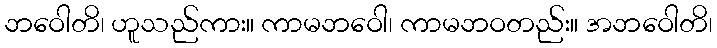
ဘဝေါတိ၊ ဟူသည်ကား။ ကာမဘဝေါ၊ ကာမဘဝတည်း။ အဘဝေါတိ၊